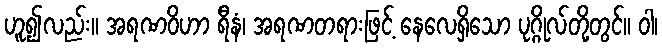
ဟူ၍လည်း။ အရဏဝိဟာ ရီနံ၊ အရဏတရားဖြင့် နေလေရှိသော ပုဂ္ဂိုလ်တို့တွင်။ ဝါ၊